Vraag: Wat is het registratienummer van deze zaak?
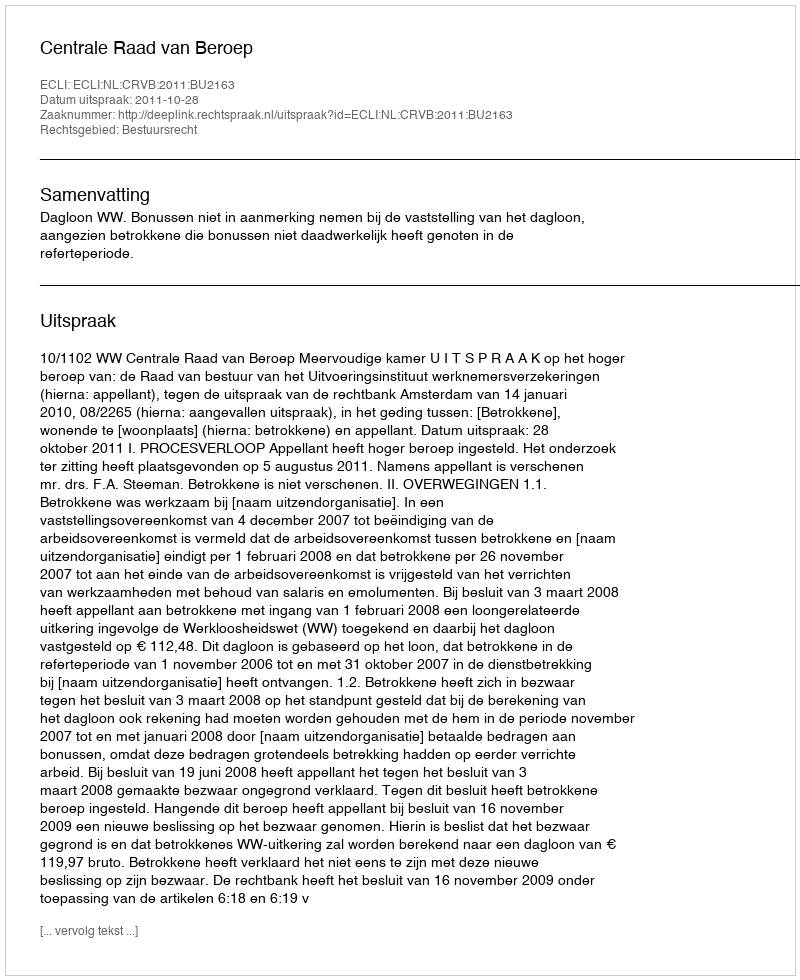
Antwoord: http://deeplink.rechtspraak.nl/uitspraak?id=ECLI:NL:CRVB:2011:BU2163